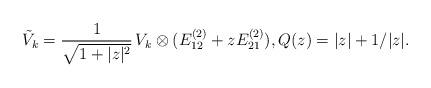
LaTeX: \begin{align*} \tilde{V}_k = \frac{1}{\sqrt{ 1 + |z|^2 }} \, V_k \otimes ( E^{(2)}_{12} + z E^{(2)}_{21} ) , Q(z) = |z| + 1/|z| .\end{align*}